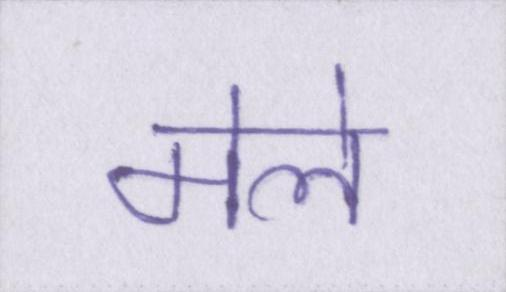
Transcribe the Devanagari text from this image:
मेले